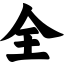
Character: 全